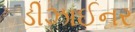
ડીઝાઈનર